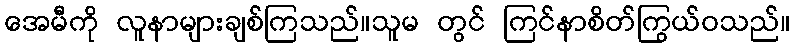
အေမီကို လူနာများချစ်ကြသည်။သူမ တွင် ကြင်နာစိတ်ကြွယ်ဝသည်။